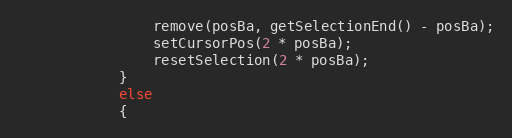
Language: C++
                remove(posBa, getSelectionEnd() - posBa);
                setCursorPos(2 * posBa);
                resetSelection(2 * posBa);
            }
            else
            {